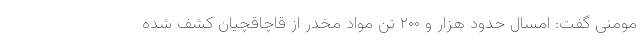
مومنی گفت: امسال حدود هزار و ۲۰۰ تن مواد مخدر از قاچاقچیان کشف شده